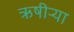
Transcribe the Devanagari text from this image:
ऋषीऱ्या